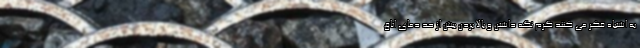
به اشتباه فکر می کنند گرم نگه داشتن و بالا بردن بیش از حد دمای اتاق